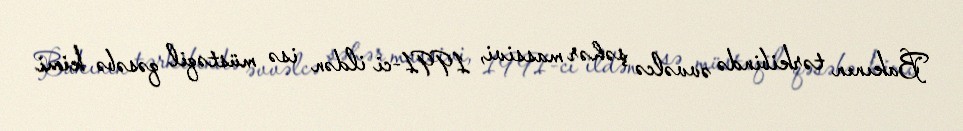
Bakının tərkibində əvvəlcə şəhər massivi, 1991-ci ildən isə müstəqil qəsəbə kimi